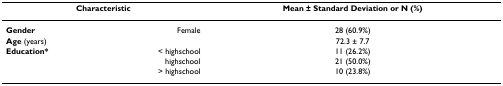
<table><thead><tr><td colspan="2"><b>Characteristic</b></td><td><b>Mean ± Standard Deviation or N (%)</b></td></tr></thead><tbody><tr><td><b>Gender</b></td><td>Female</td><td>28 (60.9%)</td></tr><tr><td><b>Age </b>(years)</td><td></td><td>72.3 ± 7.7</td></tr><tr><td><b>Education*</b></td><td>&lt; highschool</td><td>11 (26.2%)</td></tr><tr><td></td><td>highschool</td><td>21 (50.0%)</td></tr><tr><td></td><td>&gt; highschool</td><td>10 (23.8%)</td></tr></tbody></table>